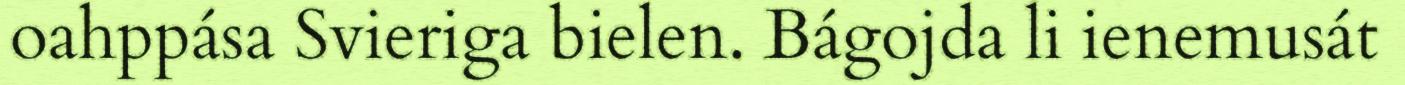
oahppása Svieriga bielen. Bágojda li ienemusát